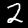
Label: 2